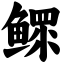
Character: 鳏